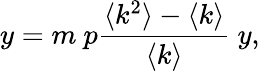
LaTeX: y=m\ p\frac{\langle k^{2}\rangle-\langle k\rangle}{\langle k\rangle}\ y,